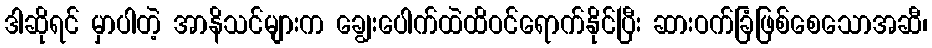
ဒါဆိုရင် မှာပါတဲ့ အာနိသင်များက ချွေးပေါက်ထဲထိဝင်ရောက်နိုင်ပြီး ဆားဝက်ခြံဖြစ်စေသောအဆီ၊